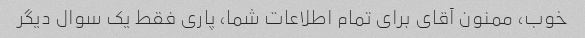
خوب، ممنون آقای برای تمام اطلاعات شما، پاری فقط یک سوال دیگر